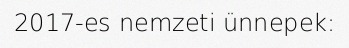
2017-es nemzeti ünnepek: